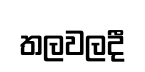
තලවලදී